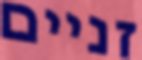
זניים